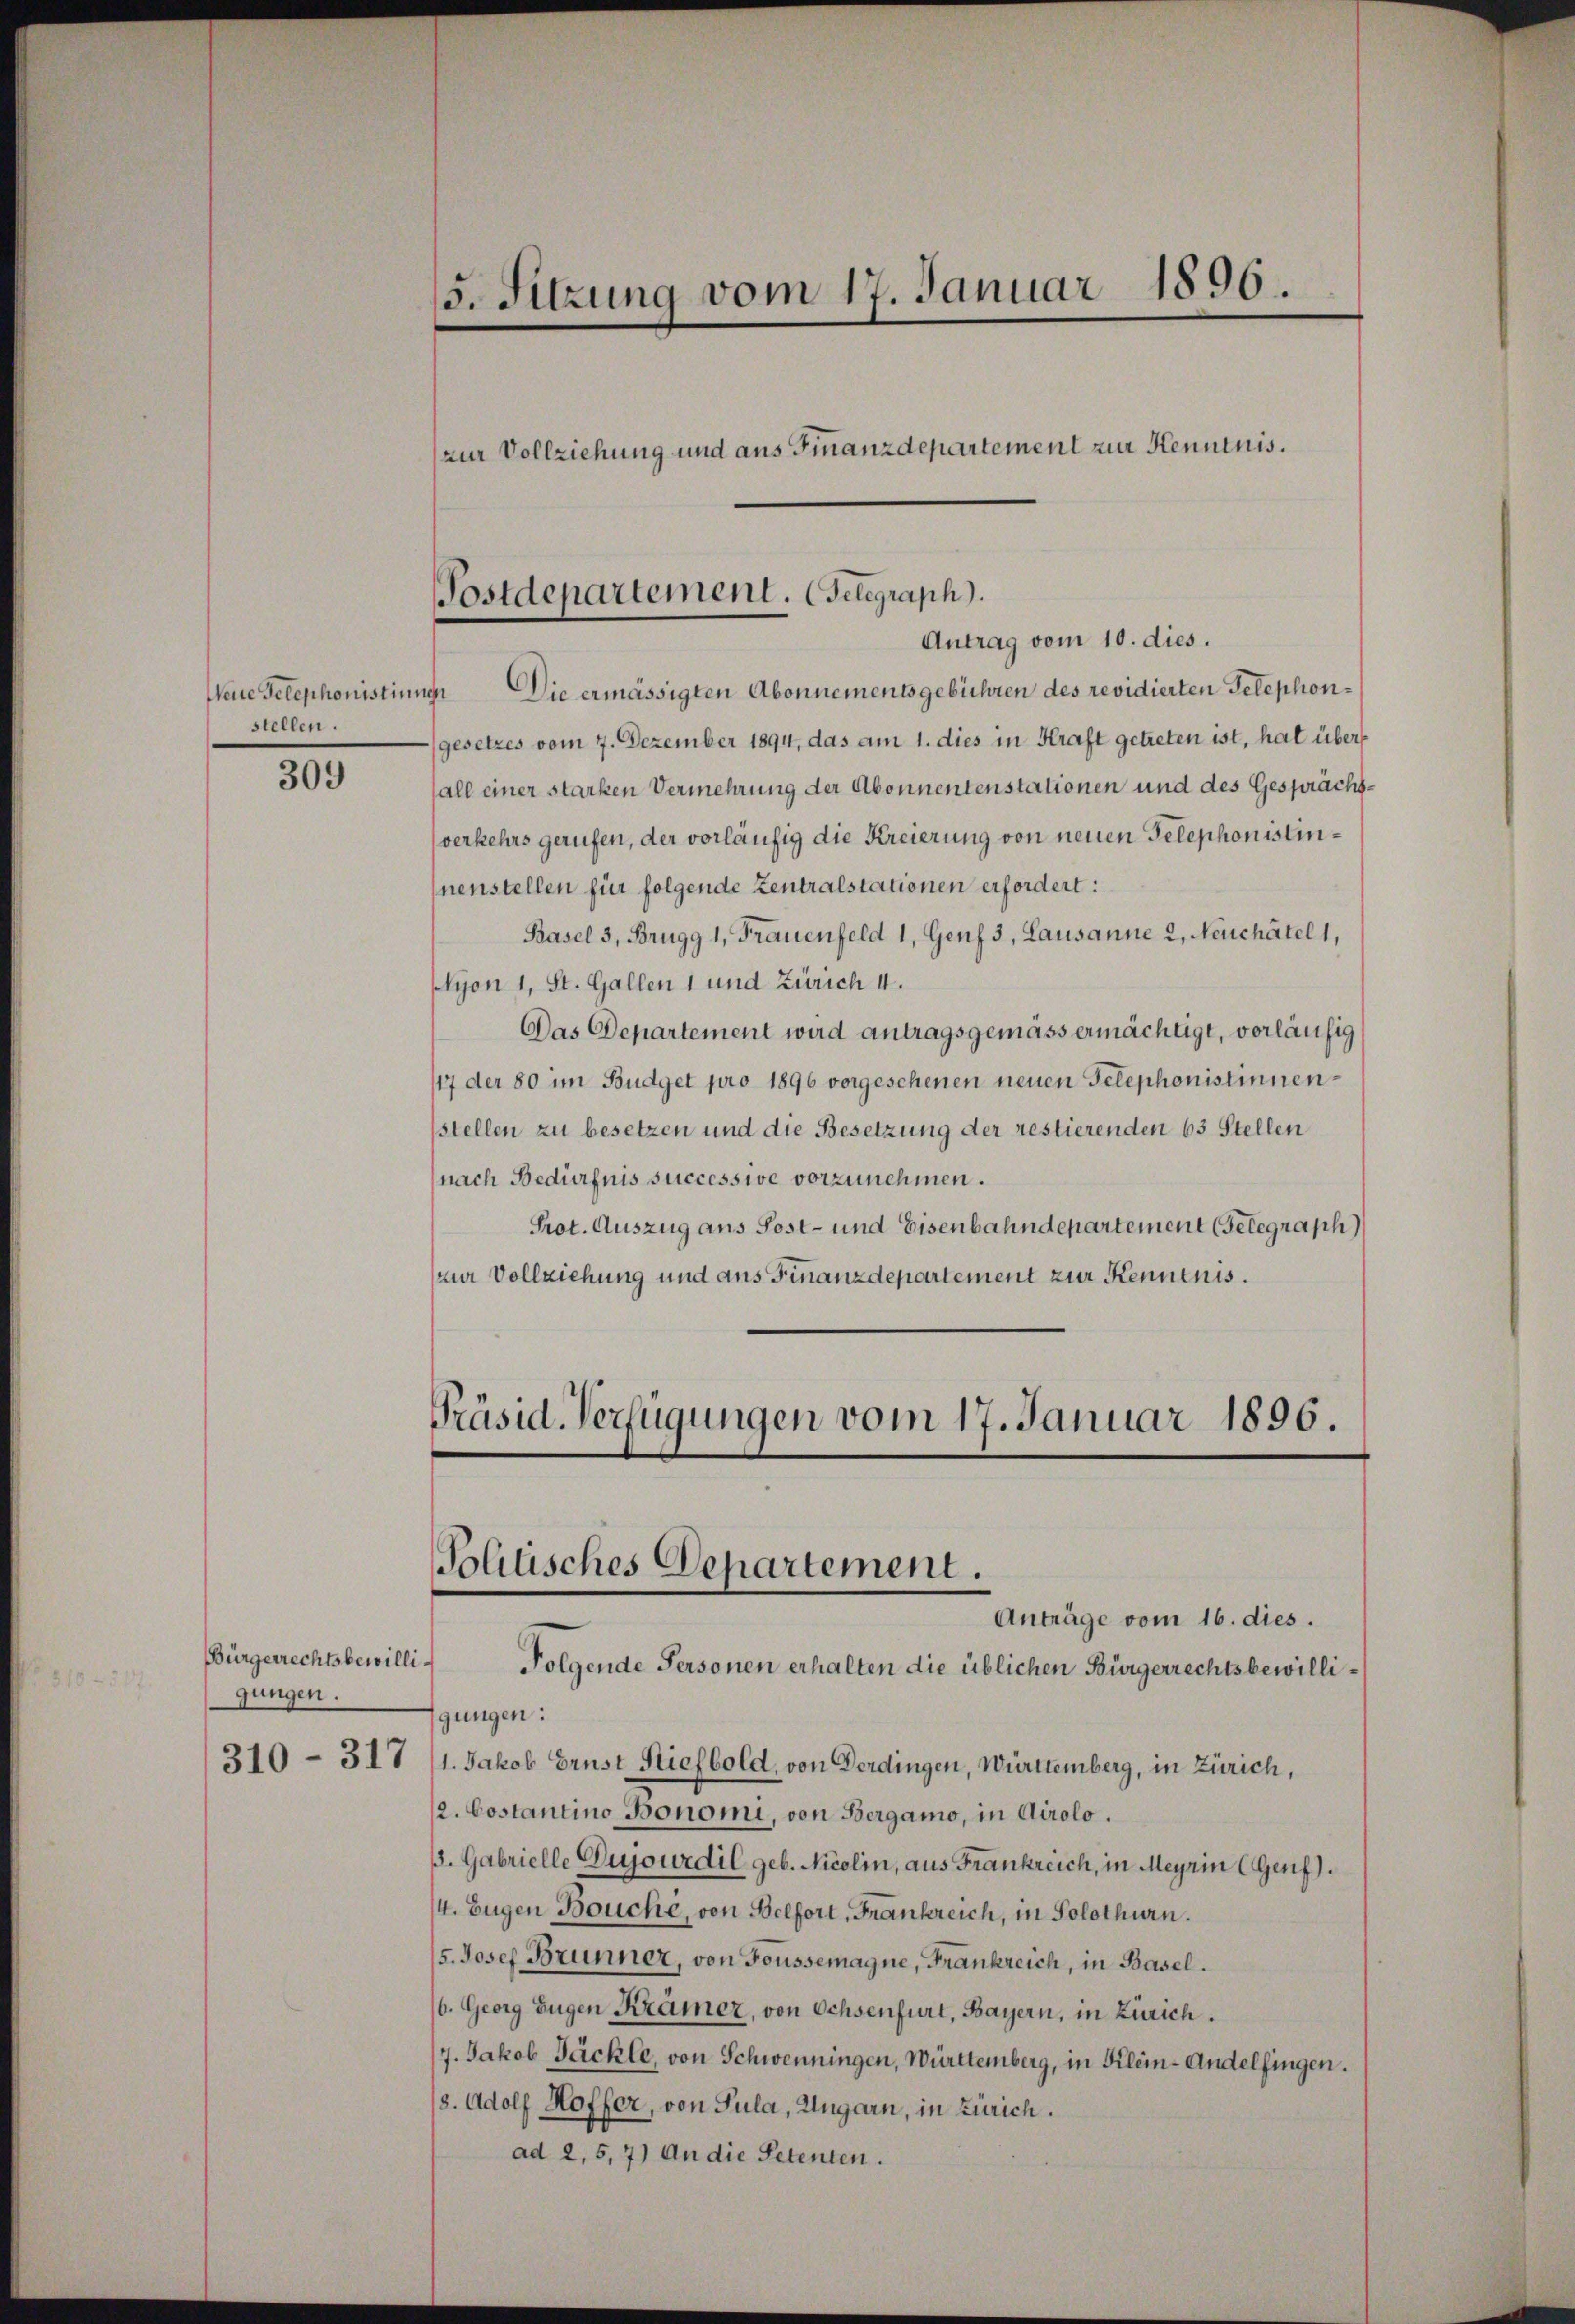
Neue Telephonistiung
stellen.

309

Bürgerrechtsbewilligungen.
310 - 317

5. Sitzung vom 17. Januar 1896.
(zur Vollziehung und aus Finanzdepartement zur Kenntnis.

Folgende Personen erhalten die üblichen Bürgerrechtsbewilligungen:
1. Jakob Brust Stiefbold, von Verdingen, Württemberg, in Zürich,
2. Costantino Bonomi, von Bergamo, in Airolo.
. Gabrielle Dujowrdil geb. Nicolin, aus Frankreich, in Meyrin (Genf).
/4. Eugen Bouche, von Belfort, Frankreich, in Solothurn.
5. Josef Brunner, von Foussemagne, Frankreich, in Basel.
/6. Georg Eugen Krämer, von Ochsenfurt, Bayern, in Zürich.
7. Jakob Jäckle, von Schwenningen, Württemberg, in Klein-Andelfingen.
(3. Adolf Hoffer, von Pula, Ungarn, in Zürich.
ad 2, 5,7) An die Petenten.

Postdepartement. (Telegraph).
Antrag vom 10. dies.

Die ermässigten Abonnementsgebühren des revidierten Telephongesetzes vom 7. Dezember 1894, das am 1. dies in Kraft getreten ist, hat überfall einer starken Vermehrung der Abonnentenstationen und des Gesprächsverkehrs gerufen, der vorläufig die Kreierung von neuen Telephonistinnenstellen für folgende Zentralstationen erfordert:
Basel 3, Brugg 1, Frauenfeld 1, Genf 3, Lausanne 2, Neuchâtel 1,
Lyon 1, St. Gallen 1 und Zürich II.
Das Departement wird antragsgemäss ermächtigt, vorläufig
117 der 80 im Budget pro 1896 vorgeschenen neuen Telephonistinnenstellen zu besetzen und die Besetzung der restierenden 63 Stellen
(nach Bedürfnis successive vorzunehmen.
Prot. Auszug aus Post- und Eisenbahndepartement Gelegraph
zur Vollziehung und aus Finanzdepartement zur Kenntnis.
Präsid. Verfügungen vom 17. Januar 1896.

Politisches Departement.
Anträge vom 16. dies.